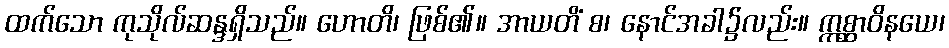
ထက်သော ကုသိုလ်ဆန္ဒရှိသည်။ ဟောတိ၊ ဖြစ်၏။ အာယတိံ စ၊ နောင်အခါ၌လည်း။ ဣစ္ဆာဝိနယေ၊